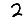
Digit: 2